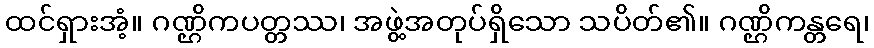
ထင်ရှားအံ့။ ဂဏ္ဌိကပတ္တဿ၊ အဖွဲ့အတုပ်ရှိသော သပိတ်၏။ ဂဏ္ဌိကန္တရေ၊